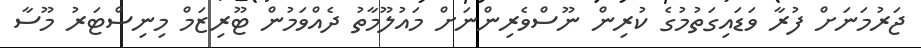
ޖަރުމަނަށް ފުރާ ވަޑައިގަތުމުގެ ކުރިން ނޫސްވެރިންނަށް މައުލޫމާތު ދެއްވަމުން ޓޫރިޒަމް މިނިސްޓަރު މޫސާ